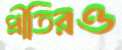
প্রীতিরও